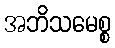
အဘိသမေစ္စ